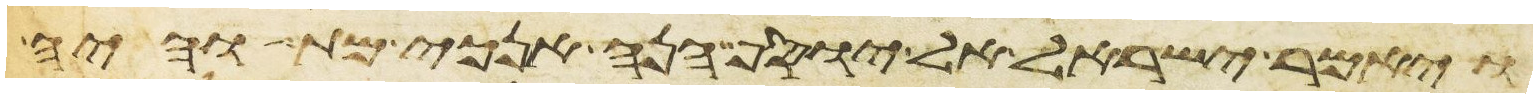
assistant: ויאמר ישראל אל יוסף הנה אנכי מת והיה